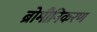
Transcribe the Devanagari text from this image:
ब्रोमीनिकरण